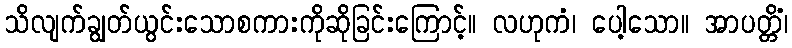
သိလျက်ချွတ်ယွင်းသောစကားကိုဆိုခြင်းကြောင့်။ လဟုကံ၊ ပေါ့သော။ အာပတ္တိံ၊